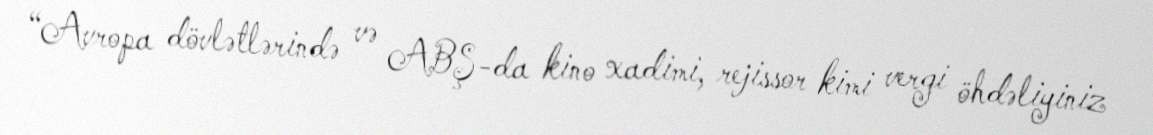
“Avropa dövlətlərində və ABŞ-da kino xadimi, rejissor kimi vergi öhdəliyiniz